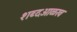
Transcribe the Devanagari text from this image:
शब्दओळख